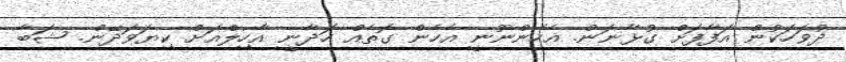
ދުވަހަކުން އަފާފަށް ގުޅާނަން. އެހެންނޫނީ އެހެން ގޮތެއް ހަދާނީ އާހިލްއަށް ކިޔަވަދޭން. ޝަބާ